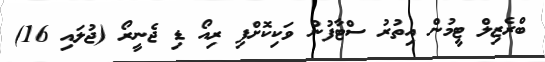
ބްރެޒިލް ޓީމުން އިތުރު ސްޓާފުން ވަކިކޮށްފި ރިއޯ ޑި ޖެނީރޯ (ޖުލައި 16)